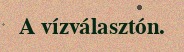
A vízválasztón.